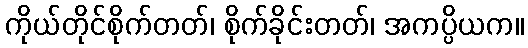
ကိုယ်တိုင်စိုက်တတ်၊ စိုက်ခိုင်းတတ်၊ အကပ္ပိယက။